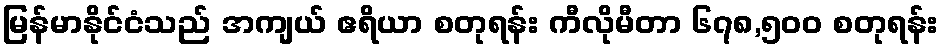
မြန်မာနိုင်ငံသည် အကျယ် ဧရိယာ စတုရန်း ကီလိုမီတာ ၆၇၈,၅၀၀ စတုရန်း